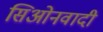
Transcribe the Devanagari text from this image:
सिओनवादी